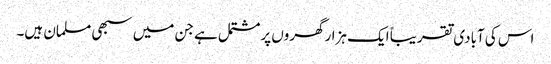
اس کی آبادی تقریباً ایک ہزارگھروں پرمشتمل ہے جن میں سبھی مسلمان ہیں۔